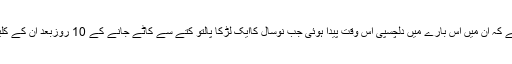
ان کا کہنا ہے کہ ان میں اس بارے میں دلچسپی اس وقت پیدا ہوئی جب نوسال کاایک لڑکا پالتو کتے سے کاٹے جانے کے 10 روزبعد ان کے کلینک میں آیا۔